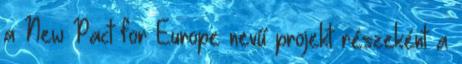
a New Pact for Europe nevű projekt részeként a